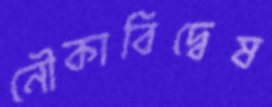
নৌকাবিদ্বেষ